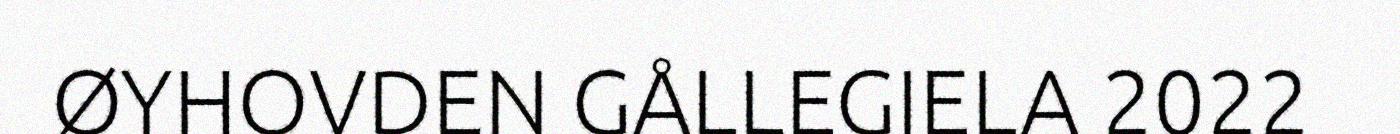
ØYHOVDEN GÅLLEGIELA 2022